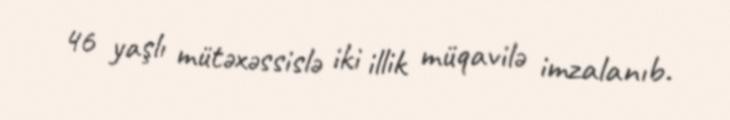
46 yaşlı mütəxəssislə iki illik müqavilə imzalanıb.